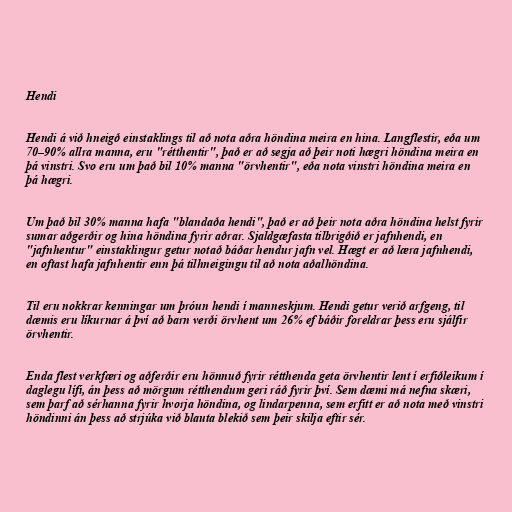
Hendi

Hendi á við hneigð einstaklings til að nota aðra höndina meira en hina. Langflestir, eða um
70–90% allra manna, eru "rétthentir", það er að segja að þeir noti hægri höndina meira en
þá vinstri. Svo eru um það bil 10% manna "örvhentir", eða nota vinstri höndina meira en
þá hægri.

Um það bil 30% manna hafa "blandaða hendi", það er að þeir nota aðra höndina helst fyrir
sumar aðgerðir og hina höndina fyrir aðrar. Sjaldgæfasta tilbrigðið er jafnhendi, en
"jafnhentur" einstaklingur getur notað báðar hendur jafn vel. Hægt er að læra jafnhendi,
en oftast hafa jafnhentir enn þá tilhneigingu til að nota aðalhöndina.

Til eru nokkrar kenningar um þróun hendi í manneskjum. Hendi getur verið arfgeng, til
dæmis eru líkurnar á því að barn verði örvhent um 26% ef báðir foreldrar þess eru sjálfir
örvhentir.

Enda flest verkfæri og aðferðir eru hönnuð fyrir rétthenda geta örvhentir lent í erfiðleikum í
daglegu lífi, án þess að mörgum rétthendum geri ráð fyrir því. Sem dæmi má nefna skæri,
sem þarf að sérhanna fyrir hvorja höndina, og lindarpenna, sem erfitt er að nota með vinstri
höndinni án þess að strjúka við blauta blekið sem þeir skilja eftir sér.